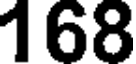
168